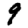
Digit: 9